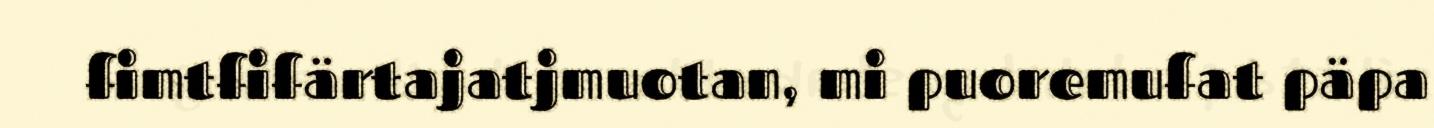
fimtfifärtajatjmuotan, mi puoremufat päpa